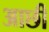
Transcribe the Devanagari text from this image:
आछी